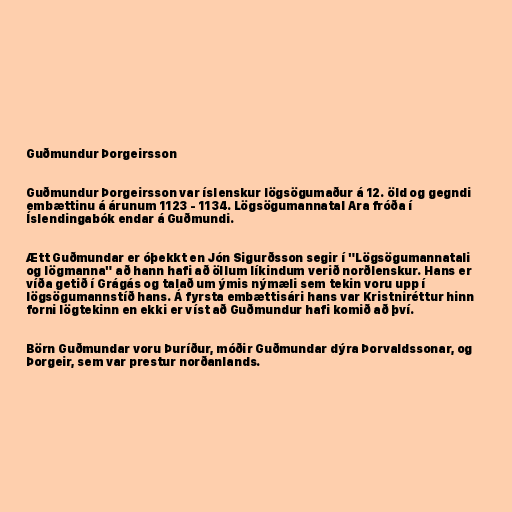
Guðmundur Þorgeirsson

Guðmundur Þorgeirsson var íslenskur lögsögumaður á 12. öld og gegndi
embættinu á árunum 1123 - 1134. Lögsögumannatal Ara fróða í
Íslendingabók endar á Guðmundi.

Ætt Guðmundar er óþekkt en Jón Sigurðsson segir í "Lögsögumannatali
og lögmanna" að hann hafi að öllum líkindum verið norðlenskur. Hans er
víða getið í Grágás og talað um ýmis nýmæli sem tekin voru upp í
lögsögumannstíð hans. Á fyrsta embættisári hans var Kristniréttur hinn
forni lögtekinn en ekki er víst að Guðmundur hafi komið að því.

Börn Guðmundar voru Þuríður, móðir Guðmundar dýra Þorvaldssonar, og
Þorgeir, sem var prestur norðanlands.